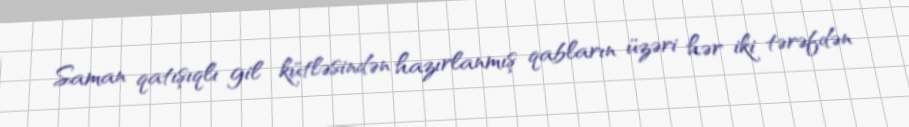
Saman qatışıqlı gil kütləsindən hazırlanmış qabların üzəri hər iki tərəfdən